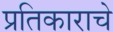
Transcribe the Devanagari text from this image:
प्रतिकाराचे